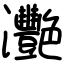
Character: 灧